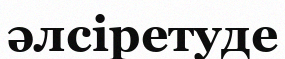
әлсіретуде